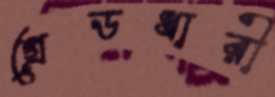
গ্রেডধারী